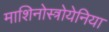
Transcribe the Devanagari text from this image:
माशिनोस्त्रोयेनिया